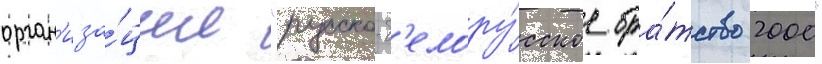
орган'иза́ции "русско-б'елору́сское бра́тство 2000"